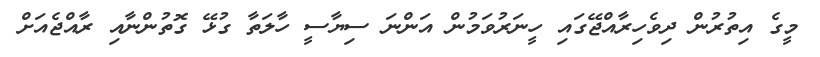
މީގެ އިތުރުން ދިވެހިރާއްޖޭގައި ހީނަރުވަމުން އަންނަ ސިޔާސީ ހާލަތާ ގުޅޭ ގޮތުންނާއި ރާއްޖެއަަށް